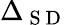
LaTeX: \Delta_{\mathrm{~S~D~}}